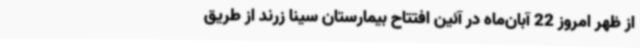
از ظهر امروز 22 آبان‌ماه در آئین افتتاح بیمارستان سینا زرند از طریق